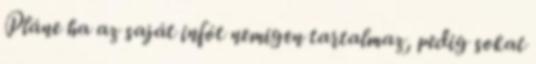
Pláne ha az saját infót nemigen tartalmaz, pedig sokat